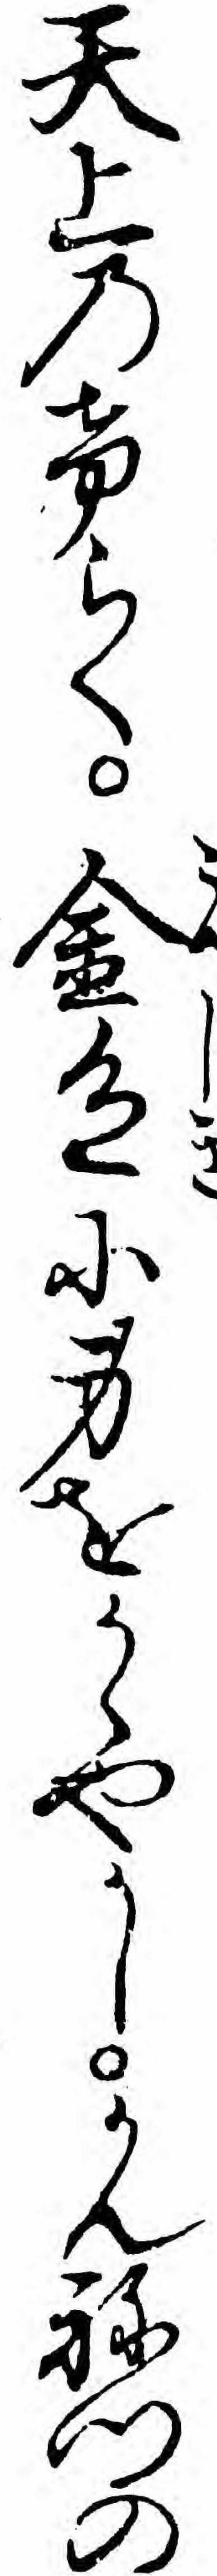
天上のけらく金色に身をかゝやかしかんねつの